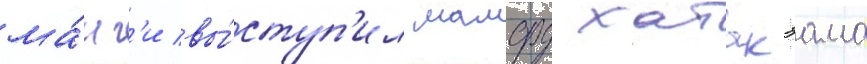
ма́нг'и вы́ступ'ил мамору хатакэама